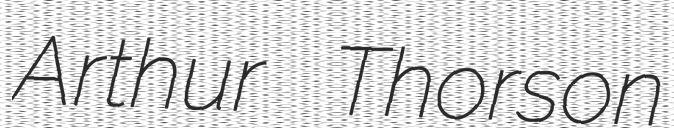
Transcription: Arthur Thorson